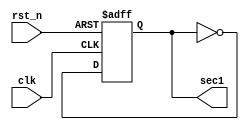
////////////////////////////////////////////////////////////////////////////////
// Company:
// Engineer:
//
// Design Name:   
// Module Name:    
// Project Name:  
// Target Device: 
// Tool versions: 
// Description:
// generate 1 second.

// Dependencies:
//
// Revision:
// Revision 0.01 - File Created
// Additional Comments:
//
////////////////////////////////////////////////////////////////////////////////
module OneSecond(clk,rst_n,sec1);
input clk;  // 50M
input rst_n;    //
output sec1;
reg sec1_r;
reg[24:0] cnt;
always @(posedge clk or negedge rst_n)
begin
	if(!rst_n)
	begin
		cnt <= 25'b0000_0000_0000_0000_0000_0000_0;
		sec1_r <= 1;
	end
	else	
		begin
			cnt <= cnt + 1'b1;
			if(cnt == 25'b1_0111_1101_0111_1000_0100_0000)  //25M
				cnt<= 0;
				sec1_r <= ~sec1_r;  //
		end
end

assign sec1 = sec1_r;

endmodule